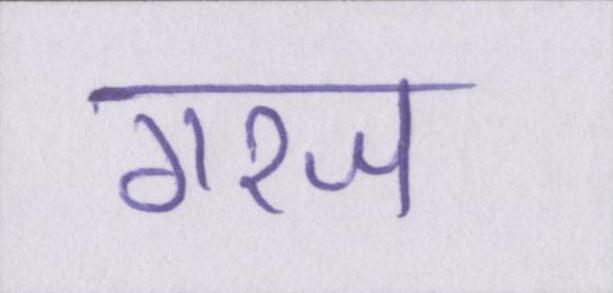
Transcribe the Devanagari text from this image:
गरज